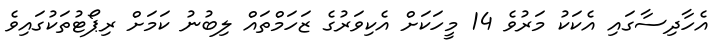
އެހާދިސާގައި އެކަކު މަރުވެ 14 މީހަކަށް އެކިވަރުގެ ޒަހަމްތައް ލިބުނު ކަމަށް ރިޕޯޓުތަކުގައިވެ